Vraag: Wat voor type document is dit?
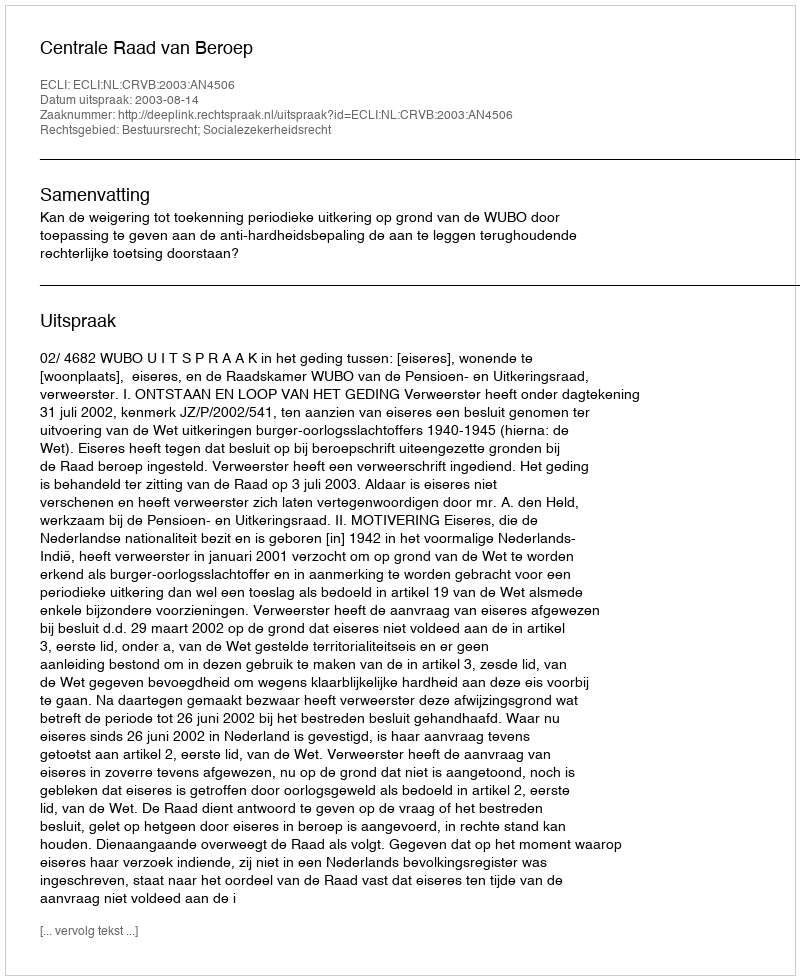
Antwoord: Uitspraak